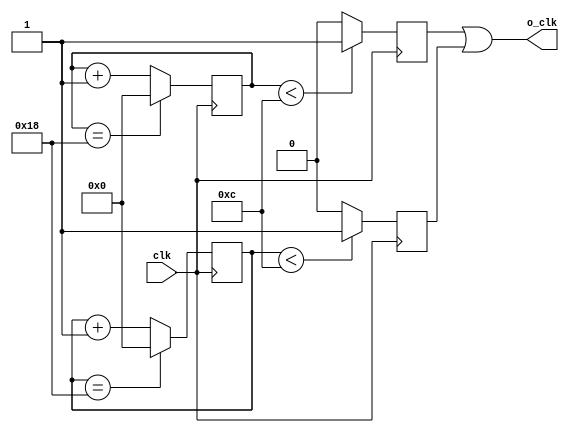
module divider #( parameter WIDTH = 5, N = 25)
(
    clk,
     o_clk
 );

input clk;
output o_clk;
reg [WIDTH-1:0]cnt_p;
reg [WIDTH-1:0]cnt_n;
reg 	clk_p;
reg 	clk_n;

assign o_clk = (N == 1)? clk :
		(N[0]) ?(clk_p | clk_n) : (clk_p);
		
always @(posedge clk) begin
	if (cnt_p == (N-1))
		cnt_p <= 0;
	else 
		cnt_p <= cnt_p + 1;
end

always @(posedge clk) begin
	if (cnt_p < (N>>1))
	   clk_p <= 1;
	else 
	   clk_p <= 0;
end

always @(negedge clk ) begin
	if (cnt_n == (N-1))
		cnt_n <= 0;
	else 
		cnt_n <= cnt_n + 1;
end

always @(negedge clk) begin
	if (cnt_n < (N>>1))
		clk_n <= 1;
	else
		clk_n <= 0;
end

endmodule